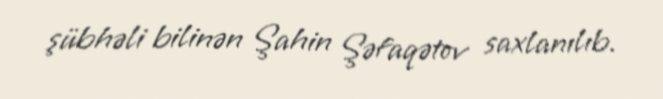
şübhəli bilinən Şahin Şəfaqətov saxlanılıb.